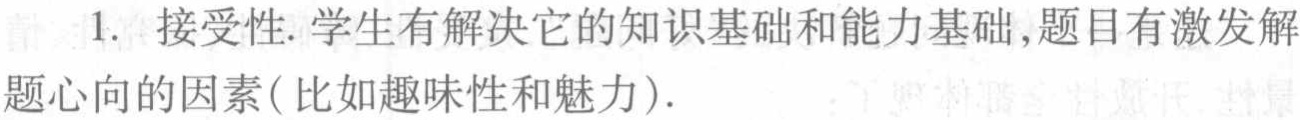
1. 接受性. 学生有解决它的知识基础和能力基础,题目有激发解
题心向的因素(比如趣味性和魅力).